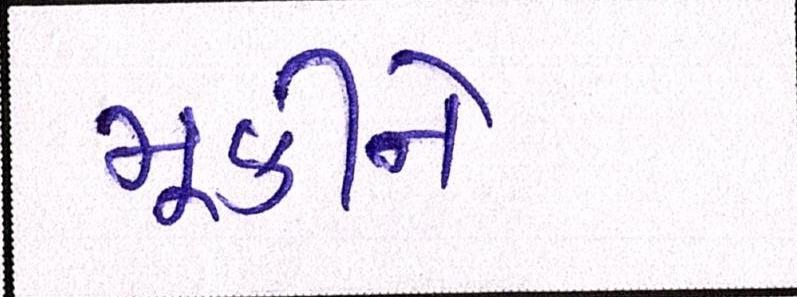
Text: મૂકીને